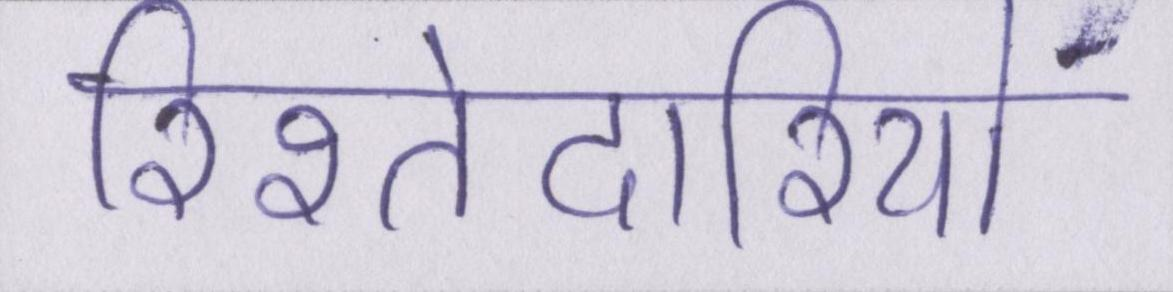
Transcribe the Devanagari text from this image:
रिश्तेदारियों